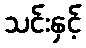
သင်းနှင့်